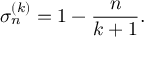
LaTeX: \sigma _ { n } ^ { ( k ) } = 1 - \frac { n } { k + 1 } .